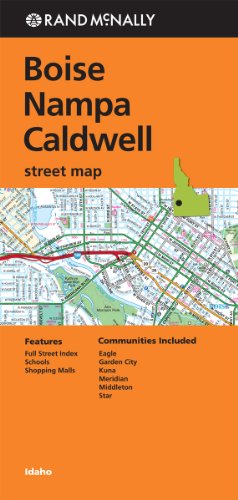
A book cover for Rand Mcnally Folded Map: Boise, Nampa and Caldwell Street Map; Rand McNally; Travel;